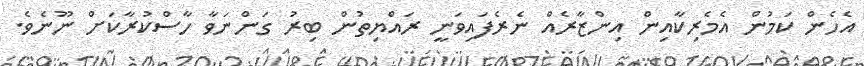
އެހެން ކަމުން އެމެރިކާއިން އިންޒާރެއް ނެރެފައިވަނީ ރައްޔިތުން ބިރު ގަންނަވާ ހާސްކުރާކަށް ނޫނެވެ.